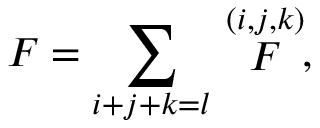
F = \sum _ { i + j + k = l } \stackrel { ( i , j , k ) } { F } ,